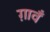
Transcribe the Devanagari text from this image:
ग़ावँ